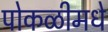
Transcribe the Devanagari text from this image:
पोकळीमधे